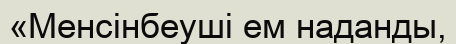
«Менсінбеуші ем наданды,